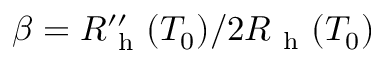
\beta = R _ { \mathrm { ~ h ~ } } ^ { \prime \prime } ( T _ { 0 } ) / 2 R _ { \mathrm { ~ h ~ } } ( T _ { 0 } )